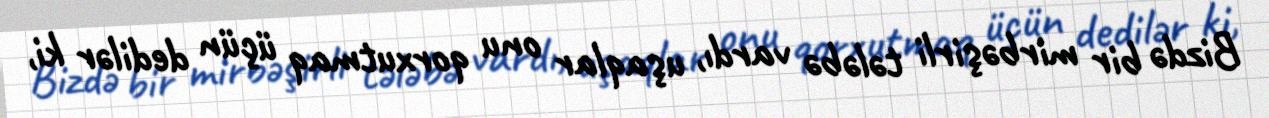
Bizdə bir mirbəşirli tələbə vardı, uşaqlar onu qorxutmaq üçün dedilər ki,